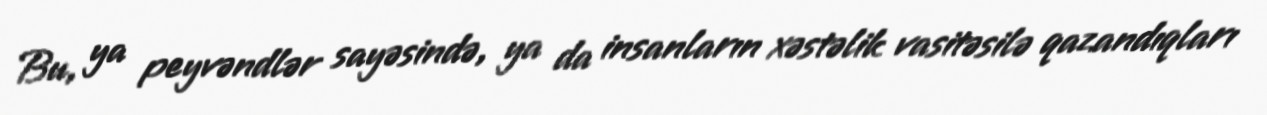
Bu, ya peyvəndlər sayəsində, ya da insanların xəstəlik vasitəsilə qazandıqları